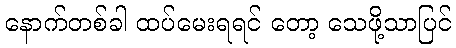
နောက်တစ်ခါ ထပ်မေးရရင် တော့ သေဖို့သာပြင်